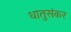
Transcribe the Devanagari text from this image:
धातुसंकर